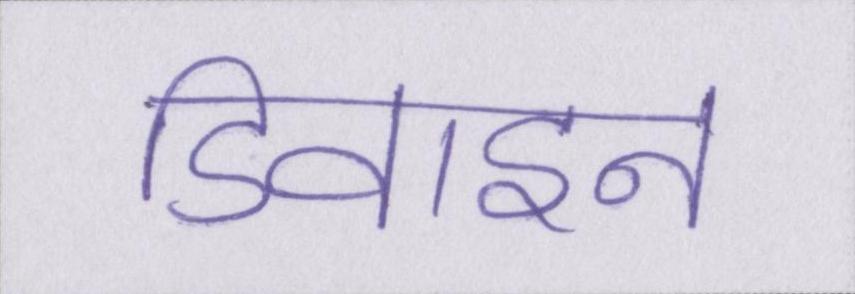
डिवाइन